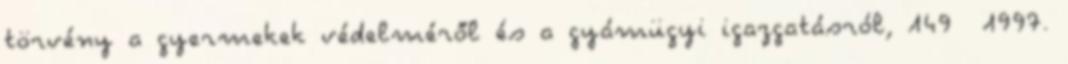
törvény a gyermekek védelméről és a gyámügyi igazgatásról, 149 1997.